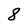
Character: 8